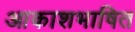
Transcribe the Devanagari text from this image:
आकाशभाषित